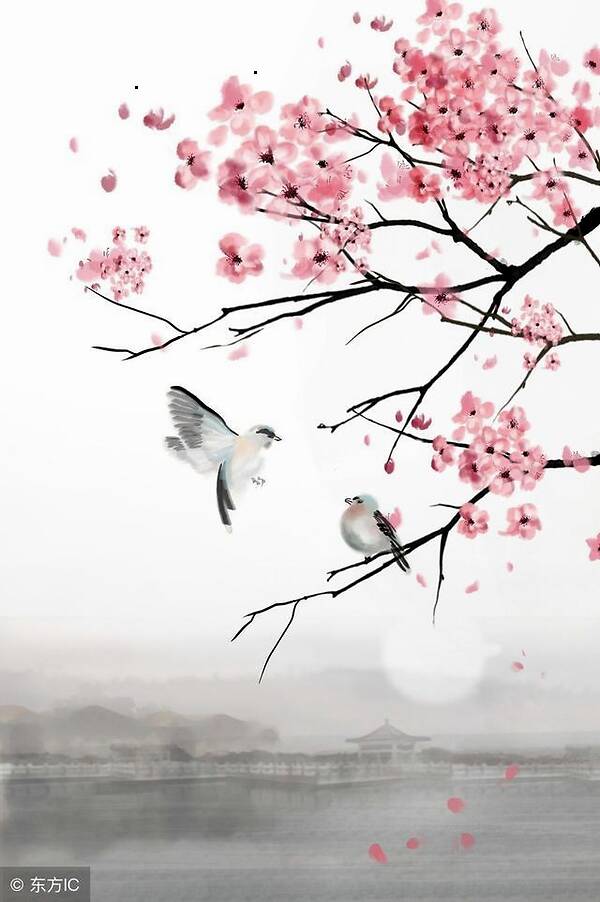
春风倚棹阖闾城，水国春寒阴复晴。